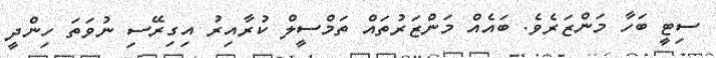
ސިޓީ ބަހާ މަންޒަރެވެ. ބައެއް މަންޒަރުތައް ތަމްސީލް ކުރާއިރު އިގިރޭސި ނުވަތަ ހިންދީ